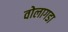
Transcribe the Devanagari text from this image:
वोलागडा